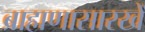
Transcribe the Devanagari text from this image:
ब्राह्मणासारखें